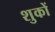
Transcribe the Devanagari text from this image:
शुकों